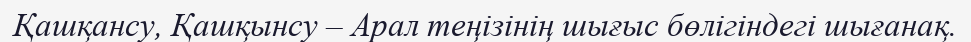
Қашқансу, Қашқынсу – Арал теңізінің шығыс бөлігіндегі шығанақ.